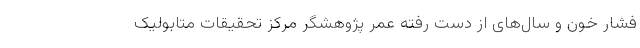
فشار خون و سال‌های از دست رفته عمر پژوهشگر مرکز تحقیقات متابولیک